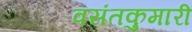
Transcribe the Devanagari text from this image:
वसंतकुमारी